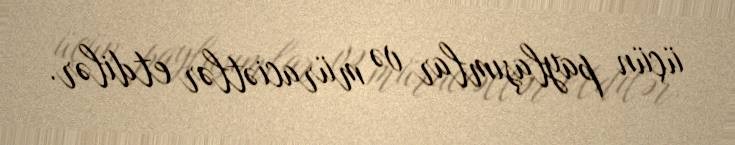
üçün paylaşımlar və müraciətlər etdilər.